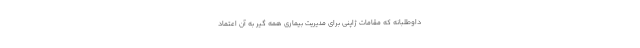
داوطلبانه که مقامات ژاپنی برای مدیریت بیماری همه گیر به آن اعتماد